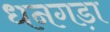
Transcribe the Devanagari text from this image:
धनगड़ा